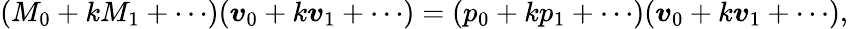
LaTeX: (M_{0}+kM_{1}+\cdots)(\boldsymbol{v}_{0}+k\boldsymbol{v}_{1}+\cdots)=(p_{0}+kp_{1}+\cdots)(\boldsymbol{v}_{0}+k\boldsymbol{v}_{1}+\cdots),